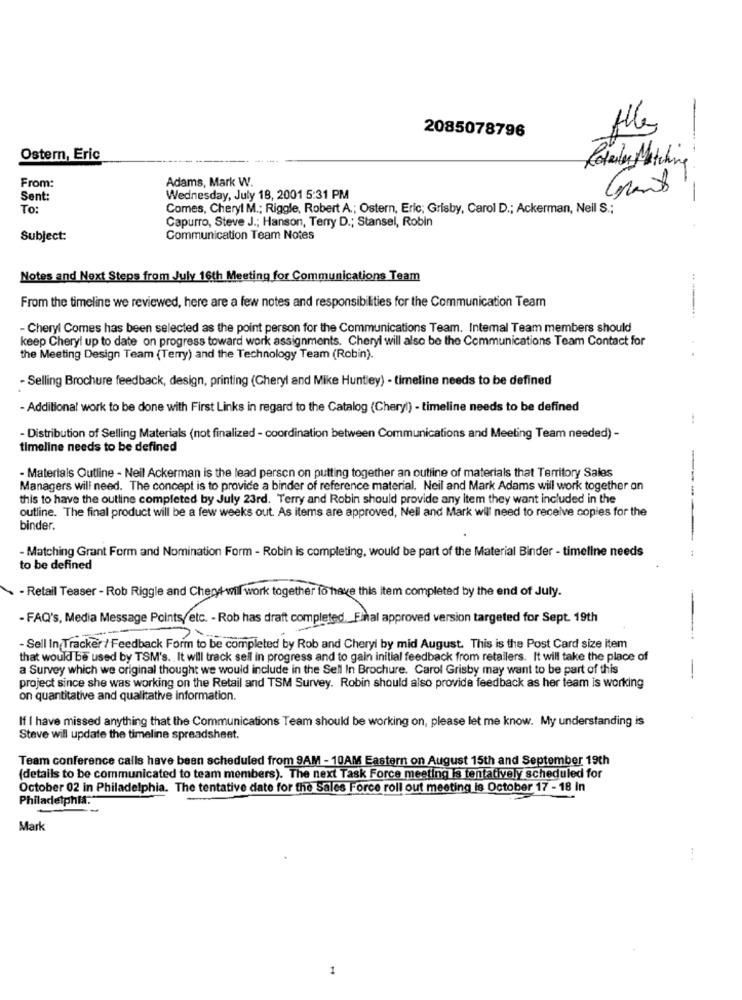
2085078796
Ostern, Eric
Retaily Matching
Adams, Mark W.
From:
Grand
Sent:
Wednesday, July 18, 2001 5:31 PM
To:
Comes, Cheryl M .; Riggle, Robert A .; Ostern, Eric; Grisby, Carol D .; Ackerman, Nell S .;
Capurro, Steve J .; Hanson, Terry D .; Stansel, Robin
Subject:
Communication Team Notes
Notes and Next Steps from July 16th Meeting for Communications Team
From the timeline we reviewed, here are a few notes and responsibilities for the Communication Team
- Cheryl Comes has been selected as the point person for the Communications Team. Intemal Team members should
keep Cheryl up to date on progress toward work assignments. Cheryl will also be the Communications Team Contact for
the Meeting Design Team (Terry) and the Technology Team (Robin).
- Selling Brochure feedback, design, printing (Cheryl and Mike Huntley) - timeline needs to be defined
- Additional work to be done with First Links in regard to the Catalog (Cheryl) - timeline needs to be defined
- Distribution of Selling Materials (not finalized - coordination between Communications and Meeting Team needed) -
timeline needs to be defined
- Materials Outline - Neil Ackerman is the lead person on putting together an outline of materials that Territory Sales
Managers will need. The concept is to provide a binder of reference material. Neil and Mark Adams will work together on
this to have the outline completed by July 23rd. Terry and Robin should provide any item they want included in the
---
outline. The final product will be a few weeks out. As items are approved, Nell and Mark will need to receive copies for the
binder.
- Matching Grant Form and Nomination Form - Robin is completing, would be part of the Material Binder - timeline needs
to be defined
- Retail Teaser - Rob Riggle and Chend will work together to have this item completed by the end of July.
- FAQ's, Media Message Points, etc. - Rob has draft completed. Final approved version targeted for Sept. 19th
- Sell In Tracker / Feedback Form to be completed by Rob and Cheryl by mid August. This is the Post Card size item
that would be used by TSM's .. It will track sell in progress and to gain initial feedback from retailers. It will take the place of
a Survey which we original thought we would include in the Sell In Brochure. Carol Grisby may want to be part of this
-
project since she was working on the Retail and TSM Survey. Robin should also provide feedback as her team is working
on quantitative and qualitative information.
If I have missed anything that the Communications Team should be working on, please let me know. My understanding is
Steve will update the timeline spreadsheet.
Team conference calls have been scheduled from 9AM - 10AM Eastern on August 15th and September 19th
(details to be communicated to team members). The next Task Force meeting la tentatively scheduled for
October 02 in Philadelphia. The tentative date for the Sales Force roll out meeting is October 17 - 18 In
Philadelphia."
Mark
1